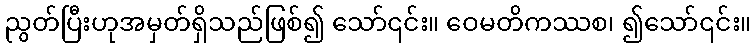
ညွတ်ပြီးဟုအမှတ်ရှိသည်ဖြစ်၍ သော်၎င်း။ ဝေမတိကဿစ၊ ၍သော်၎င်း။